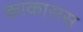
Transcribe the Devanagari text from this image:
काकासस